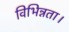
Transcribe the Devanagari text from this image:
विभिन्नता।